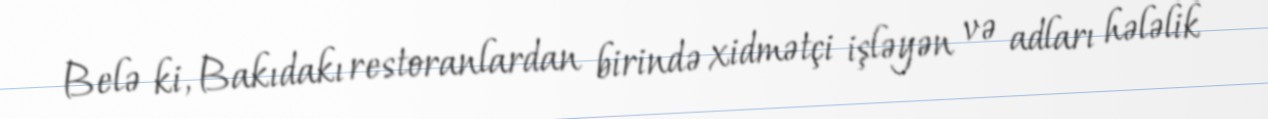
Belə ki, Bakıdakı restoranlardan birində xidmətçi işləyən və adları hələlik